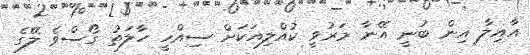
އާއިލާ އިން ބުނީ އޭނާ މަރުވީ ކުއްލިއަކަށް ސިއްހީ ހާލަތު ގޯސްވެ ލޭގެ